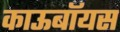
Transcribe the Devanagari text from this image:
काऊबॉयस